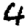
Digit: 4